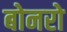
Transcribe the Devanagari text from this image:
बोनरो